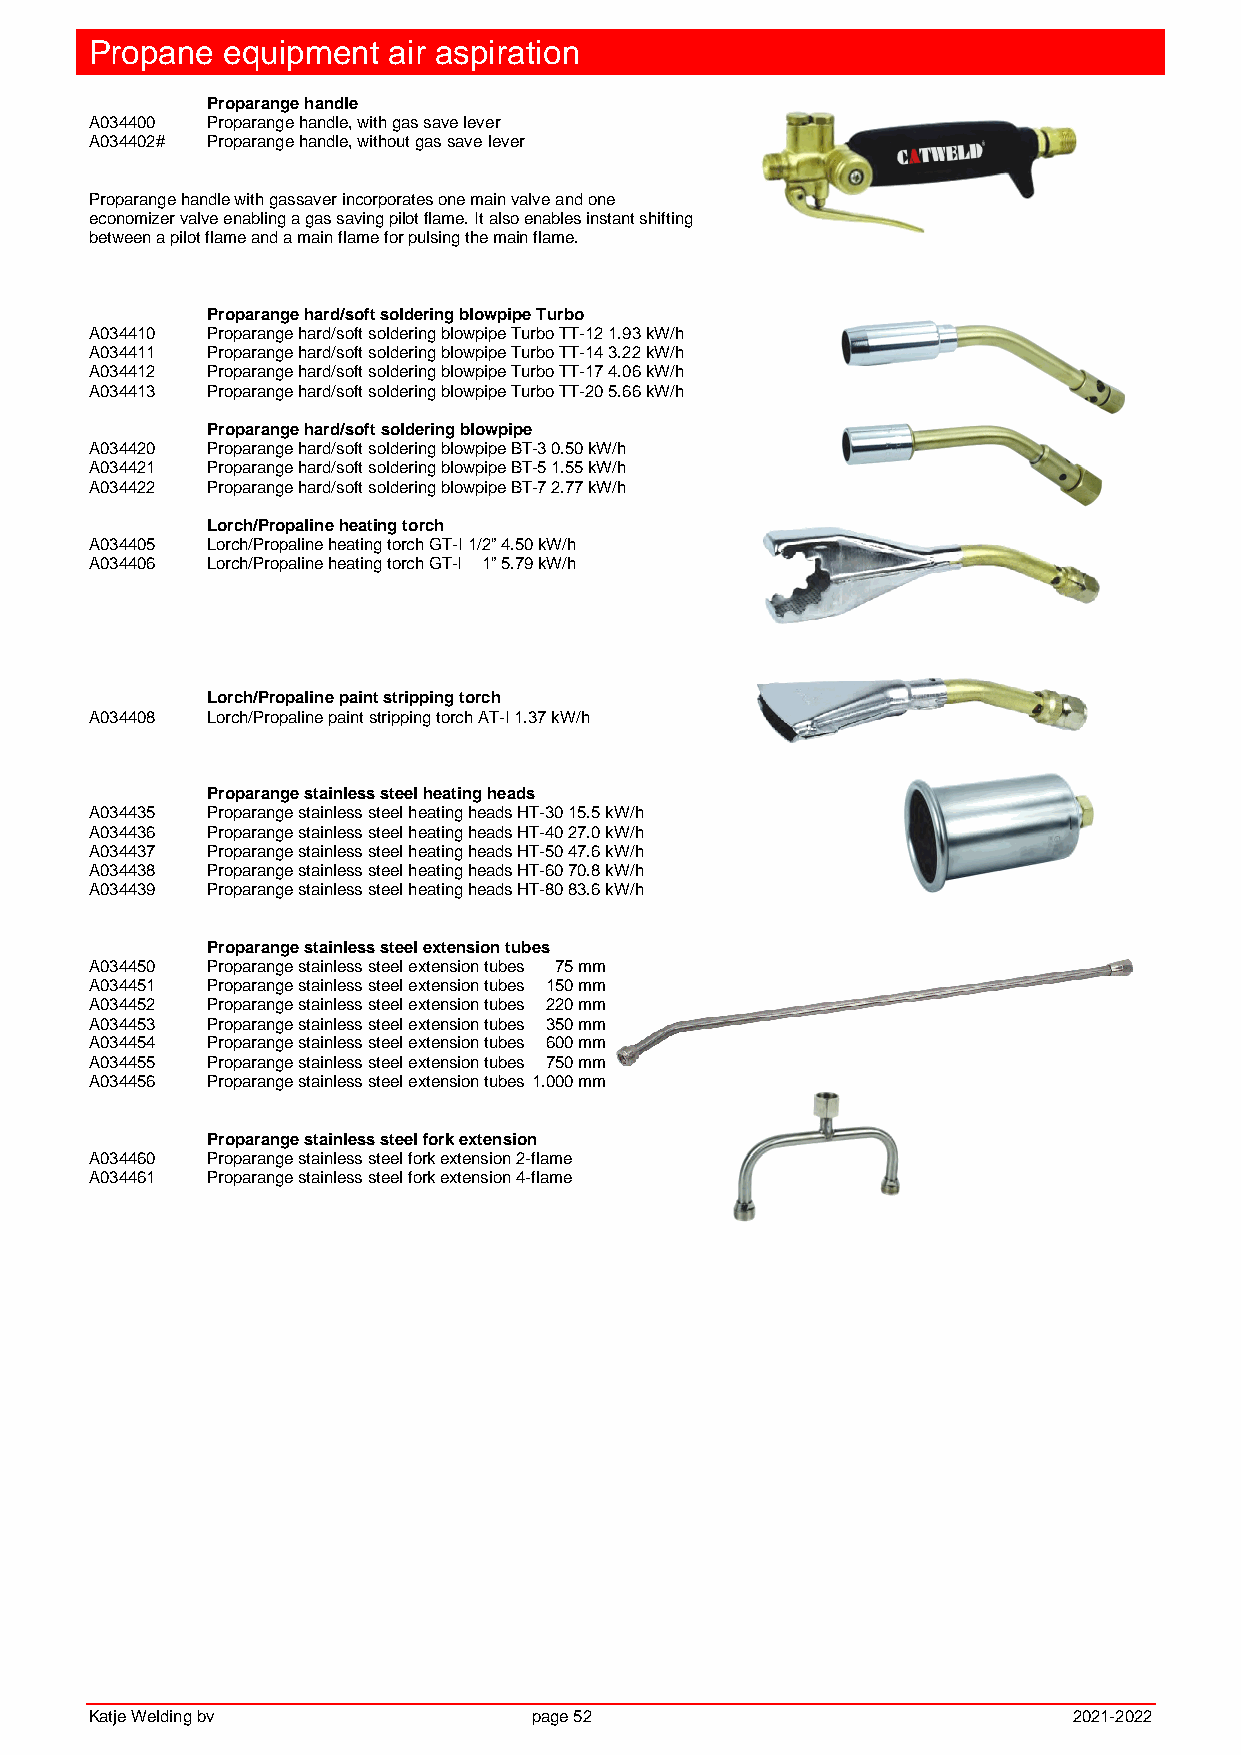
Propane  equipment  air aspiration
 Proparange handle
 A034400 Proparange handle, with gas save lever
 A034402# Proparange handle, without gas save lever
 Proparange handle with gassaver incorporates one main valve and one
 economizer valve enabling a gas saving pilot flame. It also enables instant shifting
 between a pilot flame and a main flame for pulsing the main flame.
 Proparange hard/soft soldering blowpipe Turbo
 A034410 Proparange hard/soft soldering blowpipe Turbo TT-12 1.93 kW/h
 A034411 Proparange hard/soft soldering blowpipe Turbo TT-14 3.22 kW/h
 A034412 Proparange hard/soft soldering blowpipe Turbo TT-17 4.06 kW/h
 A034413 Proparange hard/soft soldering blowpipe Turbo TT-20 5.66 kW/h
 Proparange hard/soft soldering blowpipe
 A034420 Proparange hard/soft soldering blowpipe BT-3 0.50 kW/h
 A034421 Proparange hard/soft soldering blowpipe BT-5 1.55 kW/h
 A034422 Proparange hard/soft soldering blowpipe BT-7 2.77 kW/h
 Lorch/Propaline heating torch
 A034405 Lorch/Propaline heating torch GT-I 1/2” 4.50 kW/h
 A034406 Lorch/Propaline heating torch GT-I 1” 5.79 kW/h
 Lorch/Propaline paint stripping torch
 A034408 Lorch/Propaline paint stripping torch AT-I 1.37 kW/h
 Proparange stainless steel heating heads
 A034435 Proparange stainless steel heating heads HT-30 15.5 kW/h
 A034436 Proparange stainless steel heating heads HT-40 27.0 kW/h
 A034437 Proparange stainless steel heating heads HT-50 47.6 kW/h
 A034438 Proparange stainless steel heating heads HT-60 70.8 kW/h
 A034439 Proparange stainless steel heating heads HT-80 83.6 kW/h
 Proparange stainless steel extension tubes
 A034450 Proparange stainless steel extension tubes 75 mm
 A034451 Proparange stainless steel extension tubes 150 mm
 A034452 Proparange stainless steel extension tubes 220 mm
 A034453 Proparange stainless steel extension tubes 350 mm
 A034454 Proparange stainless steel extension tubes 600 mm
 A034455 Proparange stainless steel extension tubes 750 mm
 A034456 Proparange stainless steel extension tubes 1.000 mm
 Proparange stainless steel fork extension
 A034460 Proparange stainless steel fork extension 2-flame
 A034461 Proparange stainless steel fork extension 4-flame
 Katje Welding bv             page 52                             2021-2022